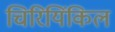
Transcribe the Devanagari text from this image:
चिरियिंकिल